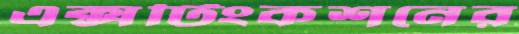
এক্সটিংকশনের